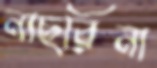
নাছরিনা